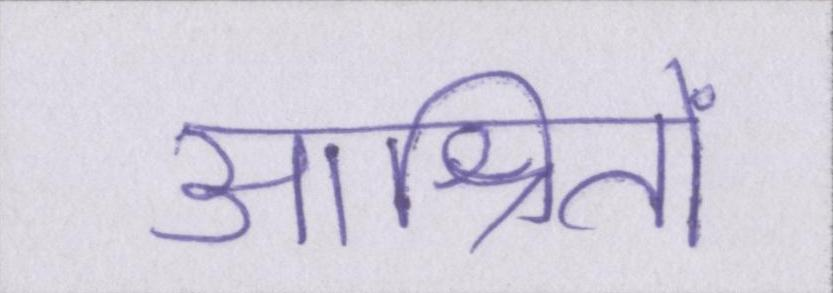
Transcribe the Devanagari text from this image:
आश्रितों